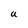
Character: U